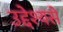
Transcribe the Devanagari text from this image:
उद्देश्‍यसे